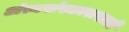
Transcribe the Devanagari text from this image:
अंत्यसंस्कारासाठी